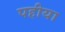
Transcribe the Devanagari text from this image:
पहीया